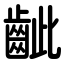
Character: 齜